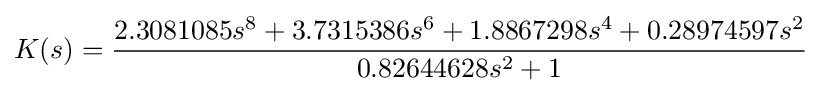
K(s)={\frac {2.3081085s^{8}+3.7315386s^{6}+1.8867298s^{4}+0.28974597s^{2}}{0.82644628s^{2}+1}}